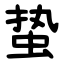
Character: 蛰